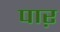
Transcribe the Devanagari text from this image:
पाऱ